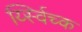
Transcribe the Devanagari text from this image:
र्य्स्विच्क